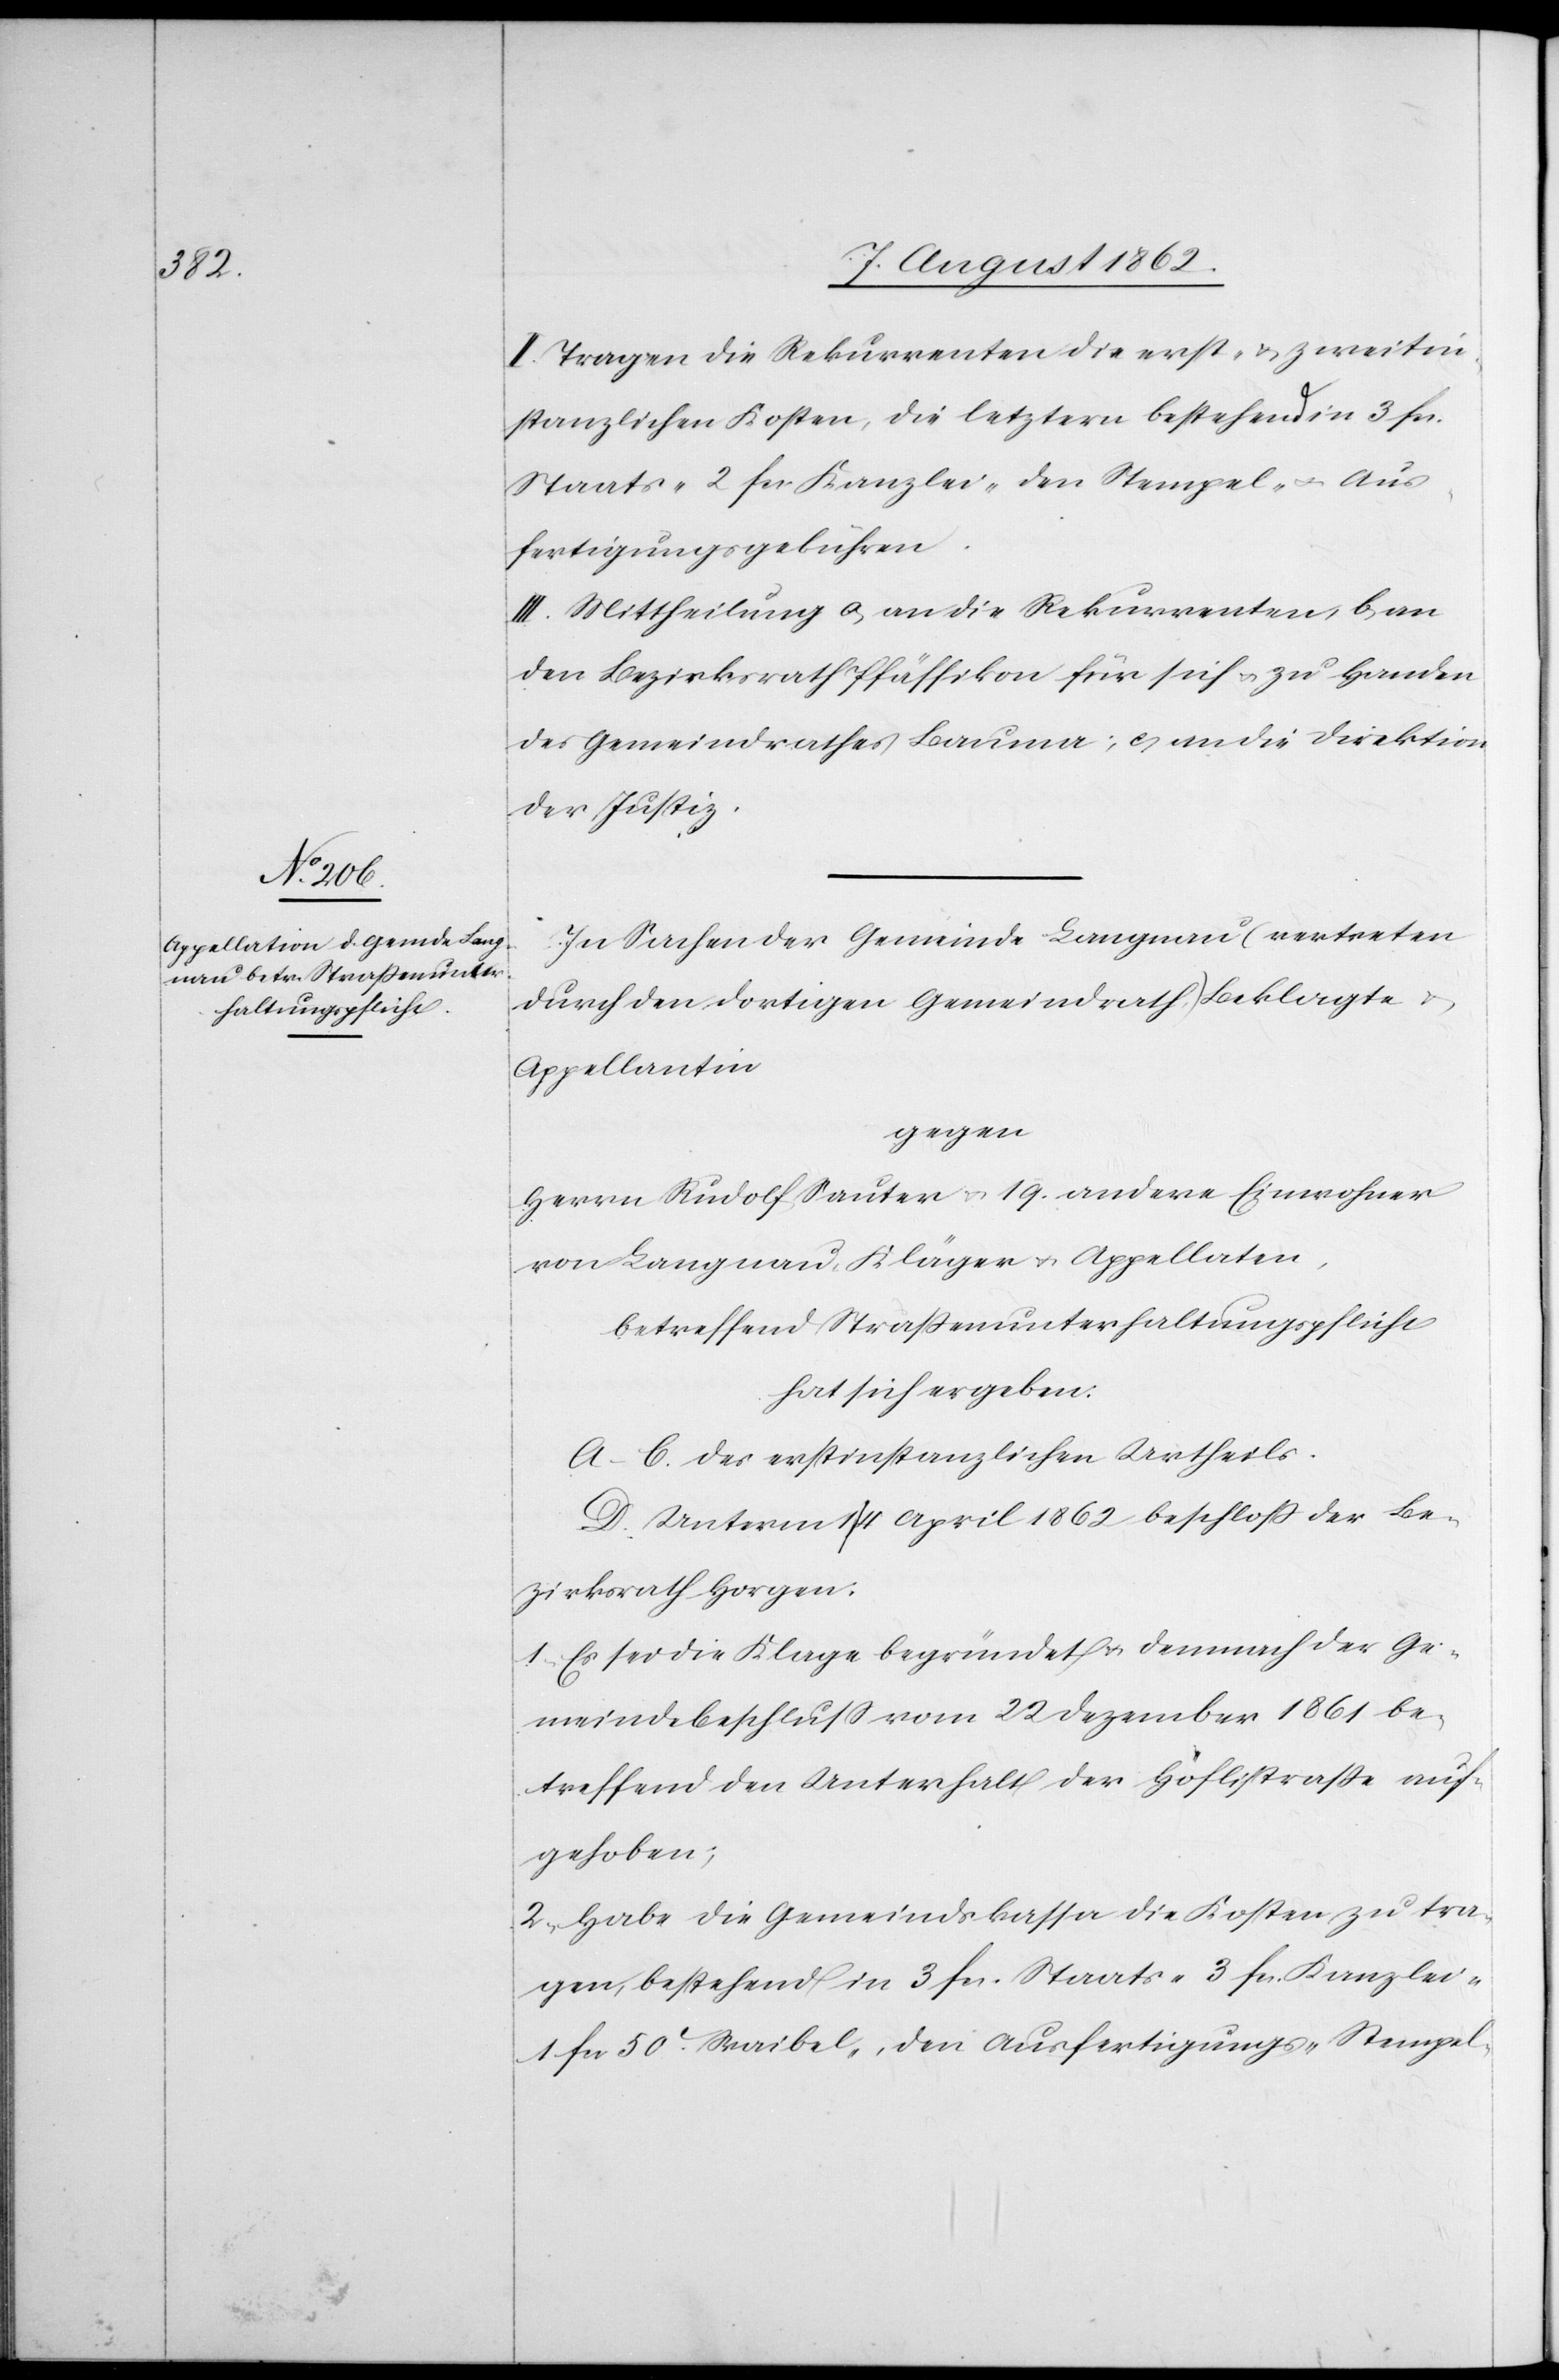
II. Tragen die Rekurrenten die erst- u. zweitin¬
stanzlichen Kosten, die letztern bestehend in 3 fcs.
Staats-[,] 2 fcs. Kanzlei-[,] den Stempel- u. den Aus¬
fertigungsgebühren.
III. Mittheilung a. an die Rekurrenten, b. an
den Bezirksrath Pfäffikon für sich u. zu Handen
des Gemeindrathes Bauma; c. an die Direktion
der Justiz.
In Sachen der Gemeinde Langnau (vertreten
durch den dortigen Gemeindrath) Beklagte
Appellantin
gegen
Herrn Rudolf Sauter u. 19. andere Einwohner
von Langnau, Kläger u. Appellaten,
betreffend Straßenunterhaltungspflicht
hat sich ergeben:
A–C. des erstinstanzlichen Urtheils.
D. Unterm 14. April 1862 beschloß der Be¬
zirksrath Horgen:
1) Es sei die Klage begründet u. demnach der Ge¬
meindbeschluß vom 22. Dezember 1861 be¬
treffend den Unterhalt der Höflistraße auf¬
gehoben;
2) Habe die Gemeindskassa die Kosten zu tra¬
gen, bestehend in 3 fcs. Staats-[,] 3 fcs. Kanzlei-[,]
1 fcs. 50c Waibel-, den Ausfertigungs-[,] Stempel-